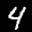
Label: 4